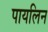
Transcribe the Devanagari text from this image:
पायलिन